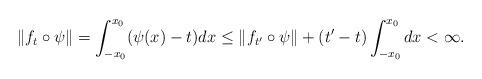
LaTeX: \begin{align*} \| f_t \circ \psi \| = \int_{-x_0}^{x_0} ( \psi (x) - t ) dx \leq \| f_{t'} \circ \psi \| + ( t' - t ) \int_{-x_0}^{x_0} dx < \infty . \end{align*}